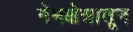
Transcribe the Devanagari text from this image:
नेमक्षेत्रातून